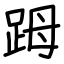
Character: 𧿹